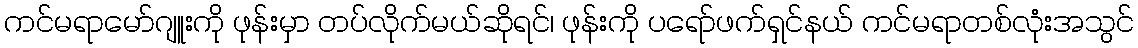
ကင်မရာမော်ဂျူးကို ဖုန်းမှာ တပ်လိုက်မယ်ဆိုရင်၊ ဖုန်းကို ပရော်ဖက်ရှင်နယ် ကင်မရာတစ်လုံးအသွင်